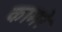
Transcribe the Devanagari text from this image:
कामरे